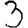
Digit: 3